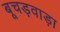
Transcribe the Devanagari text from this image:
बूचड़वाड़ा